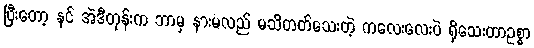
ပြီးတော့ နင် အဲဒီတုန်းက ဘာမှ နားမလည် မသိတတ်သေးတဲ့ ကလေးလေးပဲ ရှိသေးတာဥစ္စာ